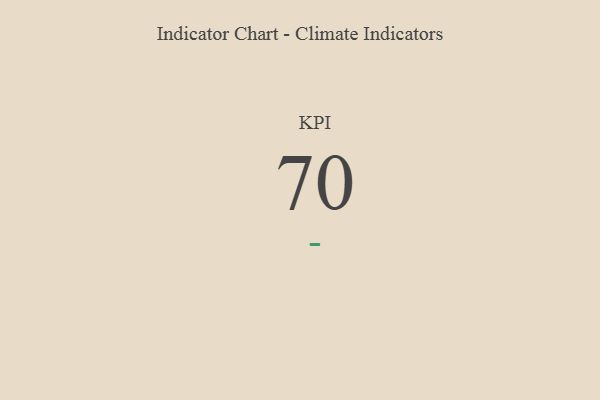
{"axis": {"x": "KPI", "y": "Value"}, "legend": [""], "data": [{"x": "KPI", "y": 70, "type": ""}]}